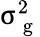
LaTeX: \upsigma_{\mathrm{~g~}}^{2}